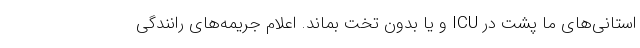
‌استانی‌های ما پشت در ICU و یا بدون تخت بماند. اعلام جریمه‌های رانندگی